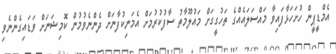
އެމްޑީޕީން ހުށަހަޅާފައިވާ މައްސަލައެއްގެ ތަހުގީގަށް މައުލޫމާތު ސާފުކުރުމަށް އެމަނިކުފާނަށް ދެންނެވުމުން ކޮމިޝަނަށް ވަޑައިގެންނެވި